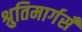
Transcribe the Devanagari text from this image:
श्रुतिमार्गसँ